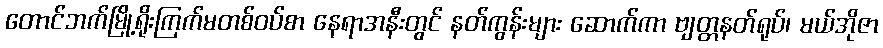
တောင်ဘက်မြို့ရိုးကြက်မတစ်ဝပ်စာ နေရာအနီးတွင် နတ်ကွန်းများ ဆောက်ကာ ဗျတ္တနတ်ရုပ်၊ မယ်အိုဇာ